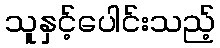
သူနှင့်ပေါင်းသည့်